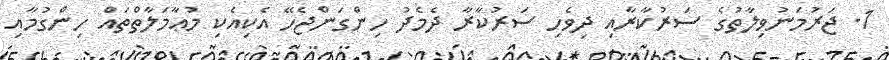
1. ޖަރުމަނުވިލާތުގެ ސަރުކާރާއި ދިވެހި ސަރުކާރާ ދެމެދު ހިންގަންޖެހޭ އެކިއެކި މުޢާމަލާތްތައް ހިންގުމާއި